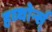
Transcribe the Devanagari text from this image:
हव्थोर्न्स्